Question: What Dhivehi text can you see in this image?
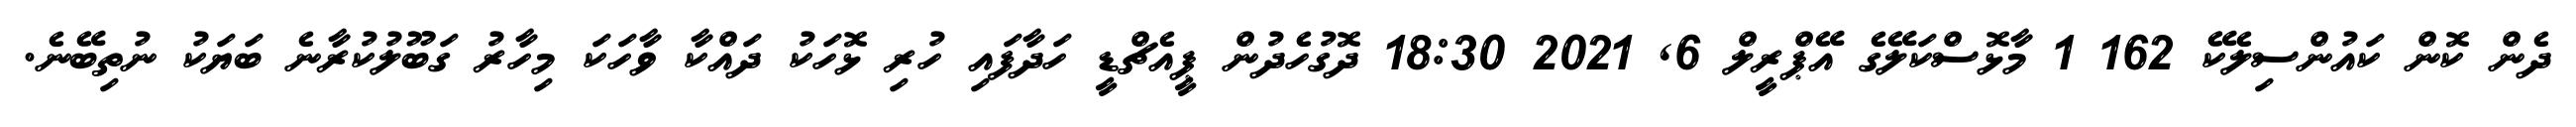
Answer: ދެން ކޮން ކައުންސިލެކޭ 162 1 މާޅޮސްކަލޭގެ އޭޕްރީލް 6, 2021 18:30 ދޮގުހެދުން ޕީއެޗްޑީ ހަދާފައި ހުރި ޅޮހަކު ދައްކާ ވާހަކަ މިހާރު ގަބޫލުކުރާނެ ބަޔަކު ނުތިބޭނެ.